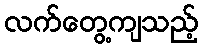
လက်တွေ့ကျသည့်